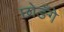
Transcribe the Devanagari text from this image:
छोङँगे